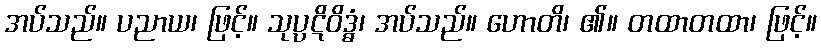
အပ်သည်။ ပညာယ၊ ဖြင့်။ သုပ္ပဋိဝိဒ္ဓံ၊ အပ်သည်။ ဟောတိ၊ ၏။ တထာတထာ၊ ဖြင့်။